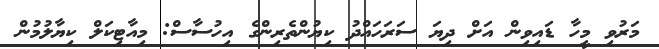
މަރުވި މީހާ ޑައިވިން އަށް ދިޔަ ސަރަހައްދު ކިޔުންތެރިންގެ އިހުސާސް: މިއާޓިކަލް ކިޔާލުމުން